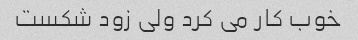
خوب کار می کرد ولی زود شکست